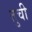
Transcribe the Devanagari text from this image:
तुची